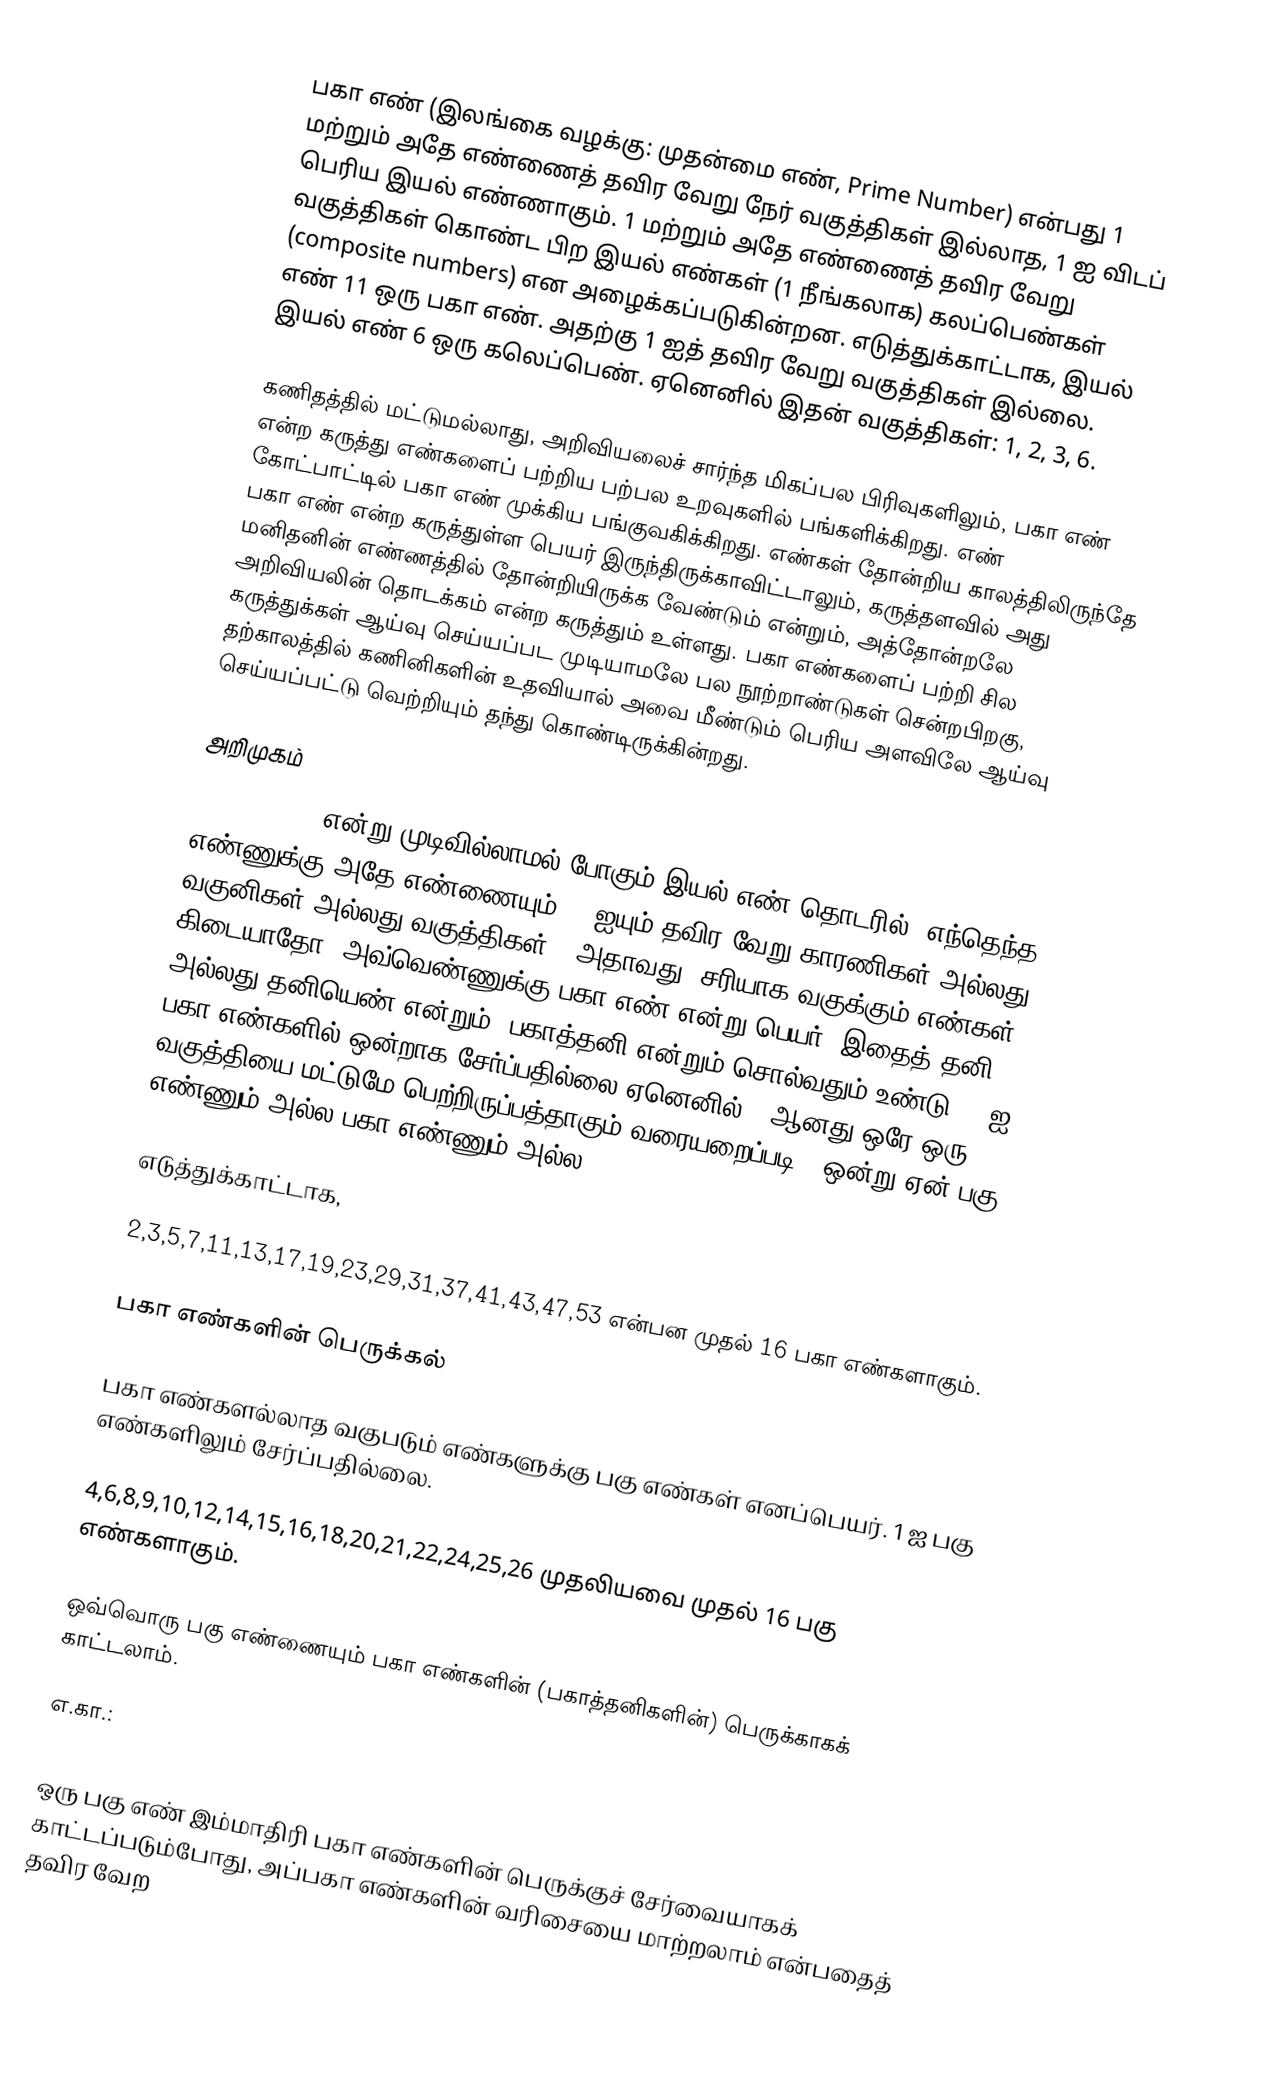
பகா எண் (இலங்கை வழக்கு: முதன்மை எண், Prime Number) என்பது 1 மற்றும் அதே எண்ணைத் தவிர வேறு நேர் வகுத்திகள் இல்லாத, 1 ஐ விடப் பெரிய இயல் எண்ணாகும். 1 மற்றும் அதே எண்ணைத் தவிர வேறு வகுத்திகள் கொண்ட பிற இயல் எண்கள் (1 நீங்கலாக) கலப்பெண்கள் (composite numbers) என அழைக்கப்படுகின்றன. எடுத்துக்காட்டாக, இயல் எண் 11 ஒரு பகா எண். அதற்கு 1 ஐத் தவிர வேறு வகுத்திகள் இல்லை. இயல் எண் 6 ஒரு கலெப்பெண். ஏனெனில் இதன் வகுத்திகள்: 1, 2, 3, 6.

கணிதத்தில் மட்டுமல்லாது, அறிவியலைச் சார்ந்த மிகப்பல பிரிவுகளிலும், பகா எண் என்ற கருத்து எண்களைப் பற்றிய பற்பல உறவுகளில் பங்களிக்கிறது. எண் கோட்பாட்டில் பகா எண் முக்கிய பங்குவகிக்கிறது. எண்கள் தோன்றிய காலத்திலிருந்தே பகா எண் என்ற கருத்துள்ள பெயர் இருந்திருக்காவிட்டாலும், கருத்தளவில் அது மனிதனின் எண்ணத்தில் தோன்றியிருக்க வேண்டும் என்றும், அத்தோன்றலே அறிவியலின் தொடக்கம் என்ற கருத்தும் உள்ளது. பகா எண்களைப் பற்றி சில கருத்துக்கள் ஆய்வு செய்யப்பட முடியாமலே பல நூற்றாண்டுகள் சென்றபிறகு, தற்காலத்தில் கணினிகளின் உதவியால் அவை மீண்டும் பெரிய அளவிலே ஆய்வு செய்யப்பட்டு வெற்றியும் தந்து கொண்டிருக்கின்றது.

அறிமுகம்
1,2,3,4, ... என்று முடிவில்லாமல் போகும் இயல் எண் தொடரில், எந்தெந்த எண்ணுக்கு அதே எண்ணையும், 1 ஐயும் தவிர வேறு காரணிகள் அல்லது வகுனிகள் அல்லது வகுத்திகள், (அதாவது, சரியாக வகுக்கும் எண்கள்) கிடையாதோ, அவ்வெண்ணுக்கு பகா எண்  என்று பெயர். இதைத் தனி அல்லது தனியெண் என்றும், பகாத்தனி என்றும் சொல்வதும் உண்டு. 1 ஐ பகா எண்களில் ஒன்றாக சேர்ப்பதில்லை.ஏனெனில் 1 ஆனது ஒரே ஒரு வகுத்தியை மட்டுமே பெற்றிருப்பத்தாகும்(வரையறைப்படி). ஒன்று ஏன் பகு எண்ணும் அல்ல பகா எண்ணும் அல்ல.

எடுத்துக்காட்டாக,

2,3,5,7,11,13,17,19,23,29,31,37,41,43,47,53 என்பன முதல் 16 பகா எண்களாகும்.

பகா எண்களின் பெருக்கல்

பகா எண்களல்லாத வகுபடும் எண்களுக்கு பகு எண்கள் எனப்பெயர். 1 ஐ பகு எண்களிலும் சேர்ப்பதில்லை.

4,6,8,9,10,12,14,15,16,18,20,21,22,24,25,26 முதலியவை முதல் 16 பகு எண்களாகும்.

ஒவ்வொரு பகு எண்ணையும் பகா எண்களின் (பகாத்தனிகளின்) பெருக்காகக் காட்டலாம்.

எ.கா.:

ஒரு பகு எண் இம்மாதிரி பகா எண்களின் பெருக்குச் சேர்வையாகக் காட்டப்படும்போது, அப்பகா எண்களின் வரிசையை மாற்றலாம் என்பதைத் தவிர வேற